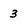
Character: 3